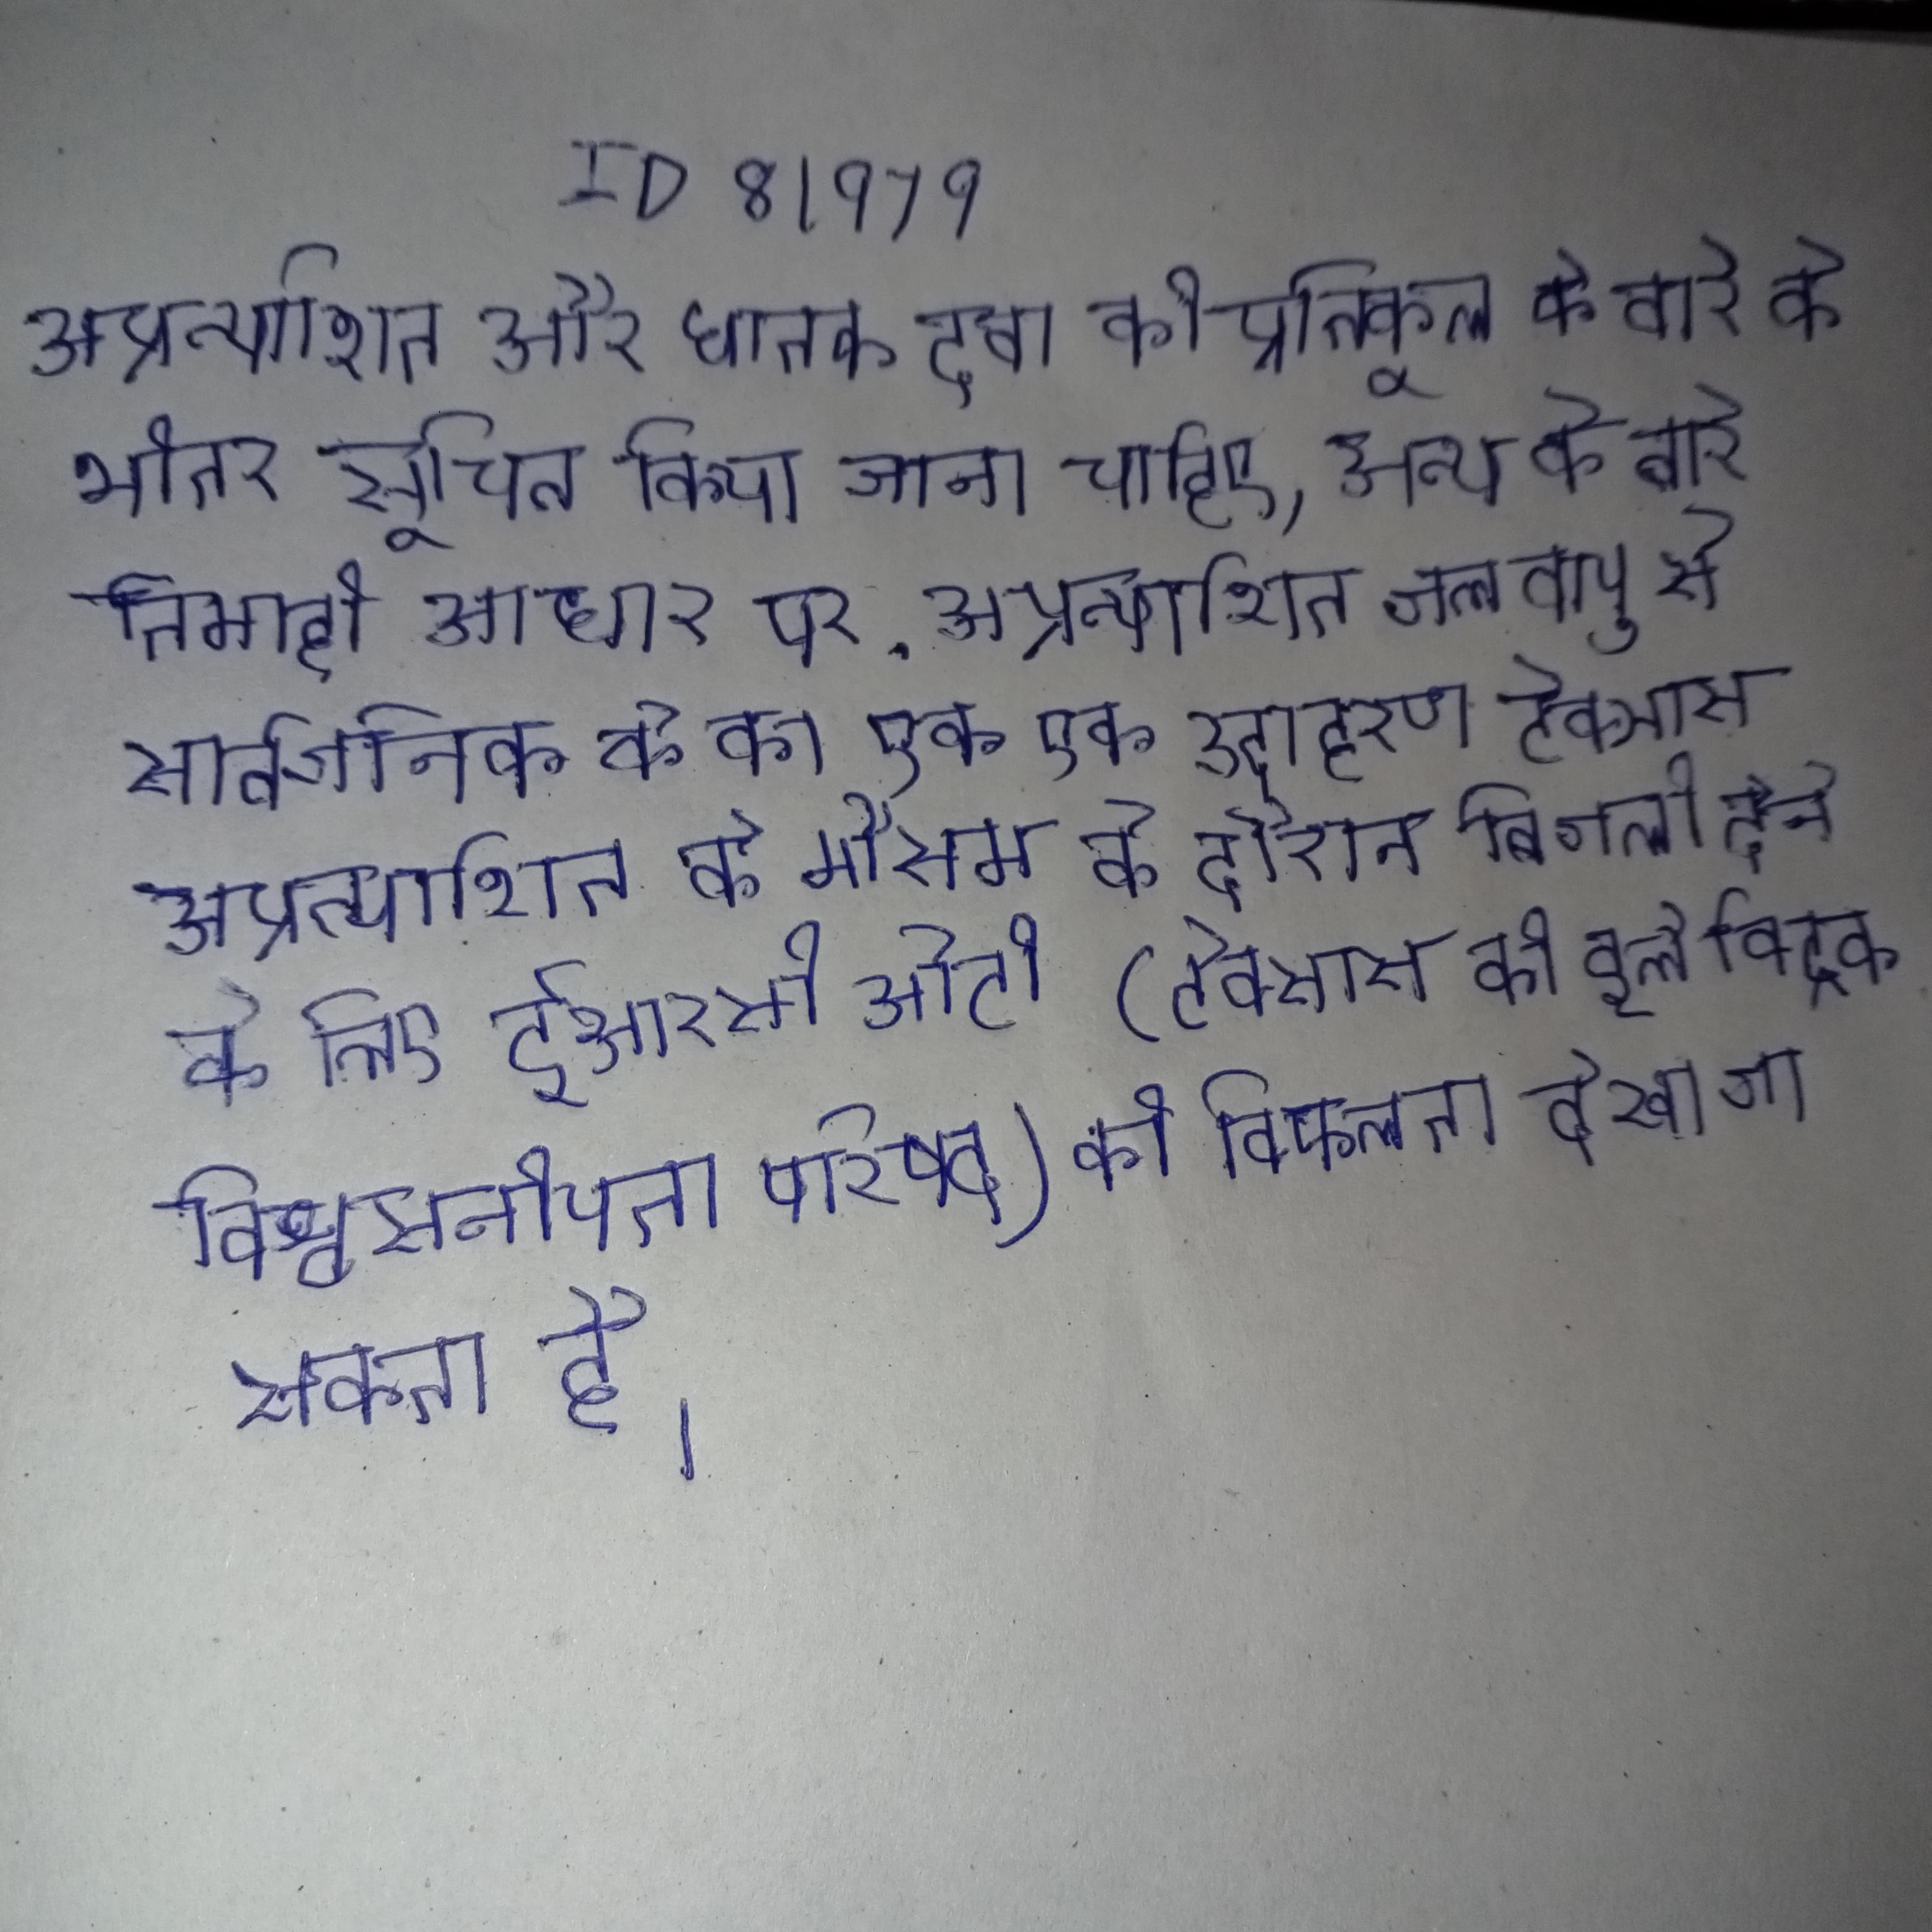
अप्रत्याशित और घातक दवा की प्रतिकूल के बारे के भीतर सूचित किया जाना चाहिए; अन्य के बारे तिमाही आधार पर . अप्रत्याशित जलवायु से सार्वजनिक के का एक उदाहरण टेक्सास अप्रत्याशित के मौसम के दौरान बिजली देने के लिए ईआरसीओटी (टेक्सास की इलेक्ट्रिक विश्वसनीयता परिषद) की विफलता देखा जा सकता है ।